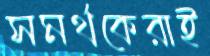
সমর্থকেরাই